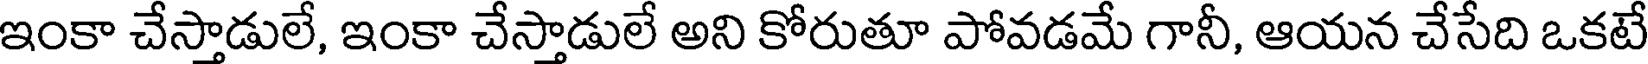
ఇంకా చేస్తాడులే, ఇంకా చేస్తాడులే అని కోరుతూ పోవడమే గానీ, ఆయన చేసేది ఒకటే